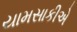
યામસાકીએ